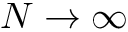
N \rightarrow \infty